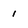
Character: 1